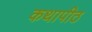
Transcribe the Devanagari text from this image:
कथापीठ